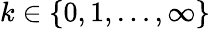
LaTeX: k\in\{ 0,1,\ldots,\infty\}